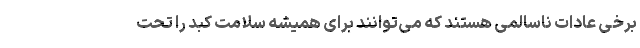
برخی عادات ناسالمی هستند که می‌توانند برای همیشه سلامت کبد را تحت